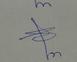
Signature authenticity: genuine